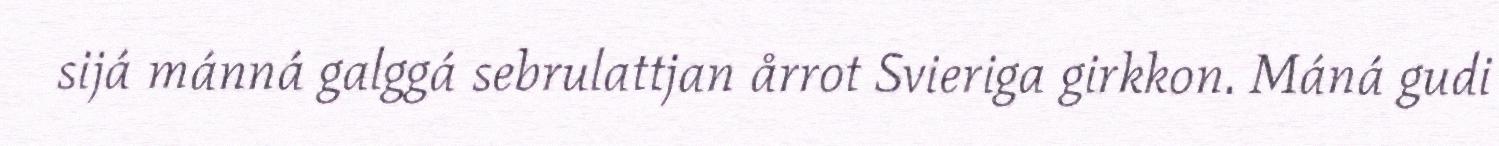
sijá mánná galggá sebrulattjan årrot Svieriga girkkon. Máná gudi